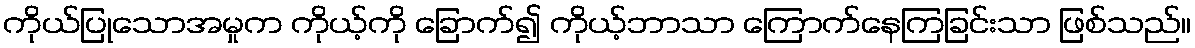
ကိုယ်ပြုသောအမှုက ကိုယ့်ကို ခြောက်၍ ကိုယ့်ဘာသာ ကြောက်နေကြခြင်းသာ ဖြစ်သည်။